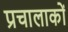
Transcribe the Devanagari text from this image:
प्रचालाकों